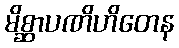
မိစ္ဆာပဏိဟိတေန